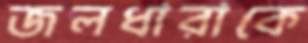
জলধারাকে